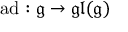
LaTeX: \operatorname { a d } : { \mathfrak { g } } \to { \mathfrak { g l } } ( { \mathfrak { g } } )